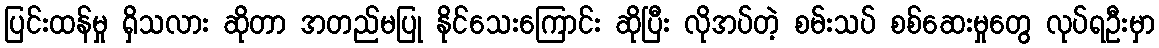
ပြင်းထန်မှု ရှိသလား ဆိုတာ အတည်မပြု နိုင်သေးကြောင်း ဆိုပြီး လိုအပ်တဲ့ စမ်းသပ် စစ်ဆေးမှုတွေ လုပ်ရဦးမှာ